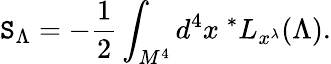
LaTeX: \mathtt{S}_{\Lambda}=-{\frac{{1}}{{2}}}\int_{M^{4}}d^{4}x\ ^{*}L_{x^{\lambda}}(\Lambda).